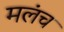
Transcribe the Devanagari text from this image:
मलंच